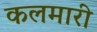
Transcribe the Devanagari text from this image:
कलमारी